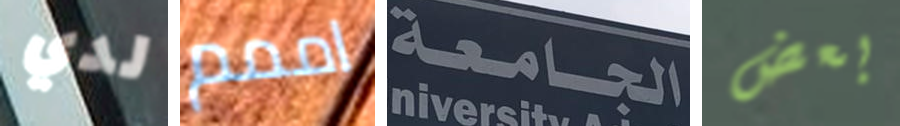
لدي اممم الجامعة بعض